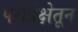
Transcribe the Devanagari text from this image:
परीप्रेक्षेतून